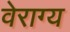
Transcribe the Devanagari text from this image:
वेराग्य